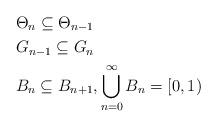
LaTeX: \begin{align*}&\Theta_{n} \subseteq \Theta_{n-1} \\&G_{n-1} \subseteq G_n \\&B_n \subseteq B_{n+1}, \bigcup \limits_{n = 0}^\infty B_n = [0,1)\end{align*}